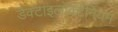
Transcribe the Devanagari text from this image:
डैक्टाइलोक्टेनियम